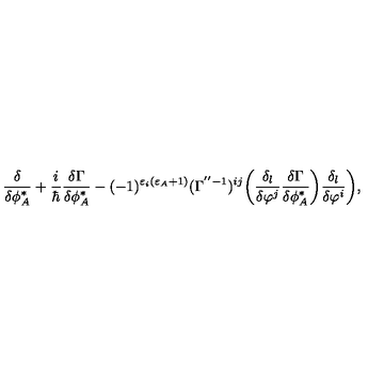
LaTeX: \frac { \delta } { \delta \phi _ { A } ^ { * } } + \frac { i } { \hbar } \frac { \delta \Gamma } { \delta \phi _ { A } ^ { * } } - ( - 1 ) ^ { \varepsilon _ { i } ( \varepsilon _ { A } + 1 ) } ( \Gamma ^ { ' ^ { \prime } - 1 } ) ^ { i j } \bigg ( \frac { \delta _ { l } } { \delta \varphi ^ { j } } \frac { \delta \Gamma } { \delta \phi _ { A } ^ { * } } \bigg ) \frac { \delta _ { l } } { \delta \varphi ^ { i } } \bigg ) ,